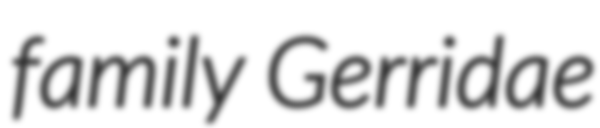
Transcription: family Gerridae